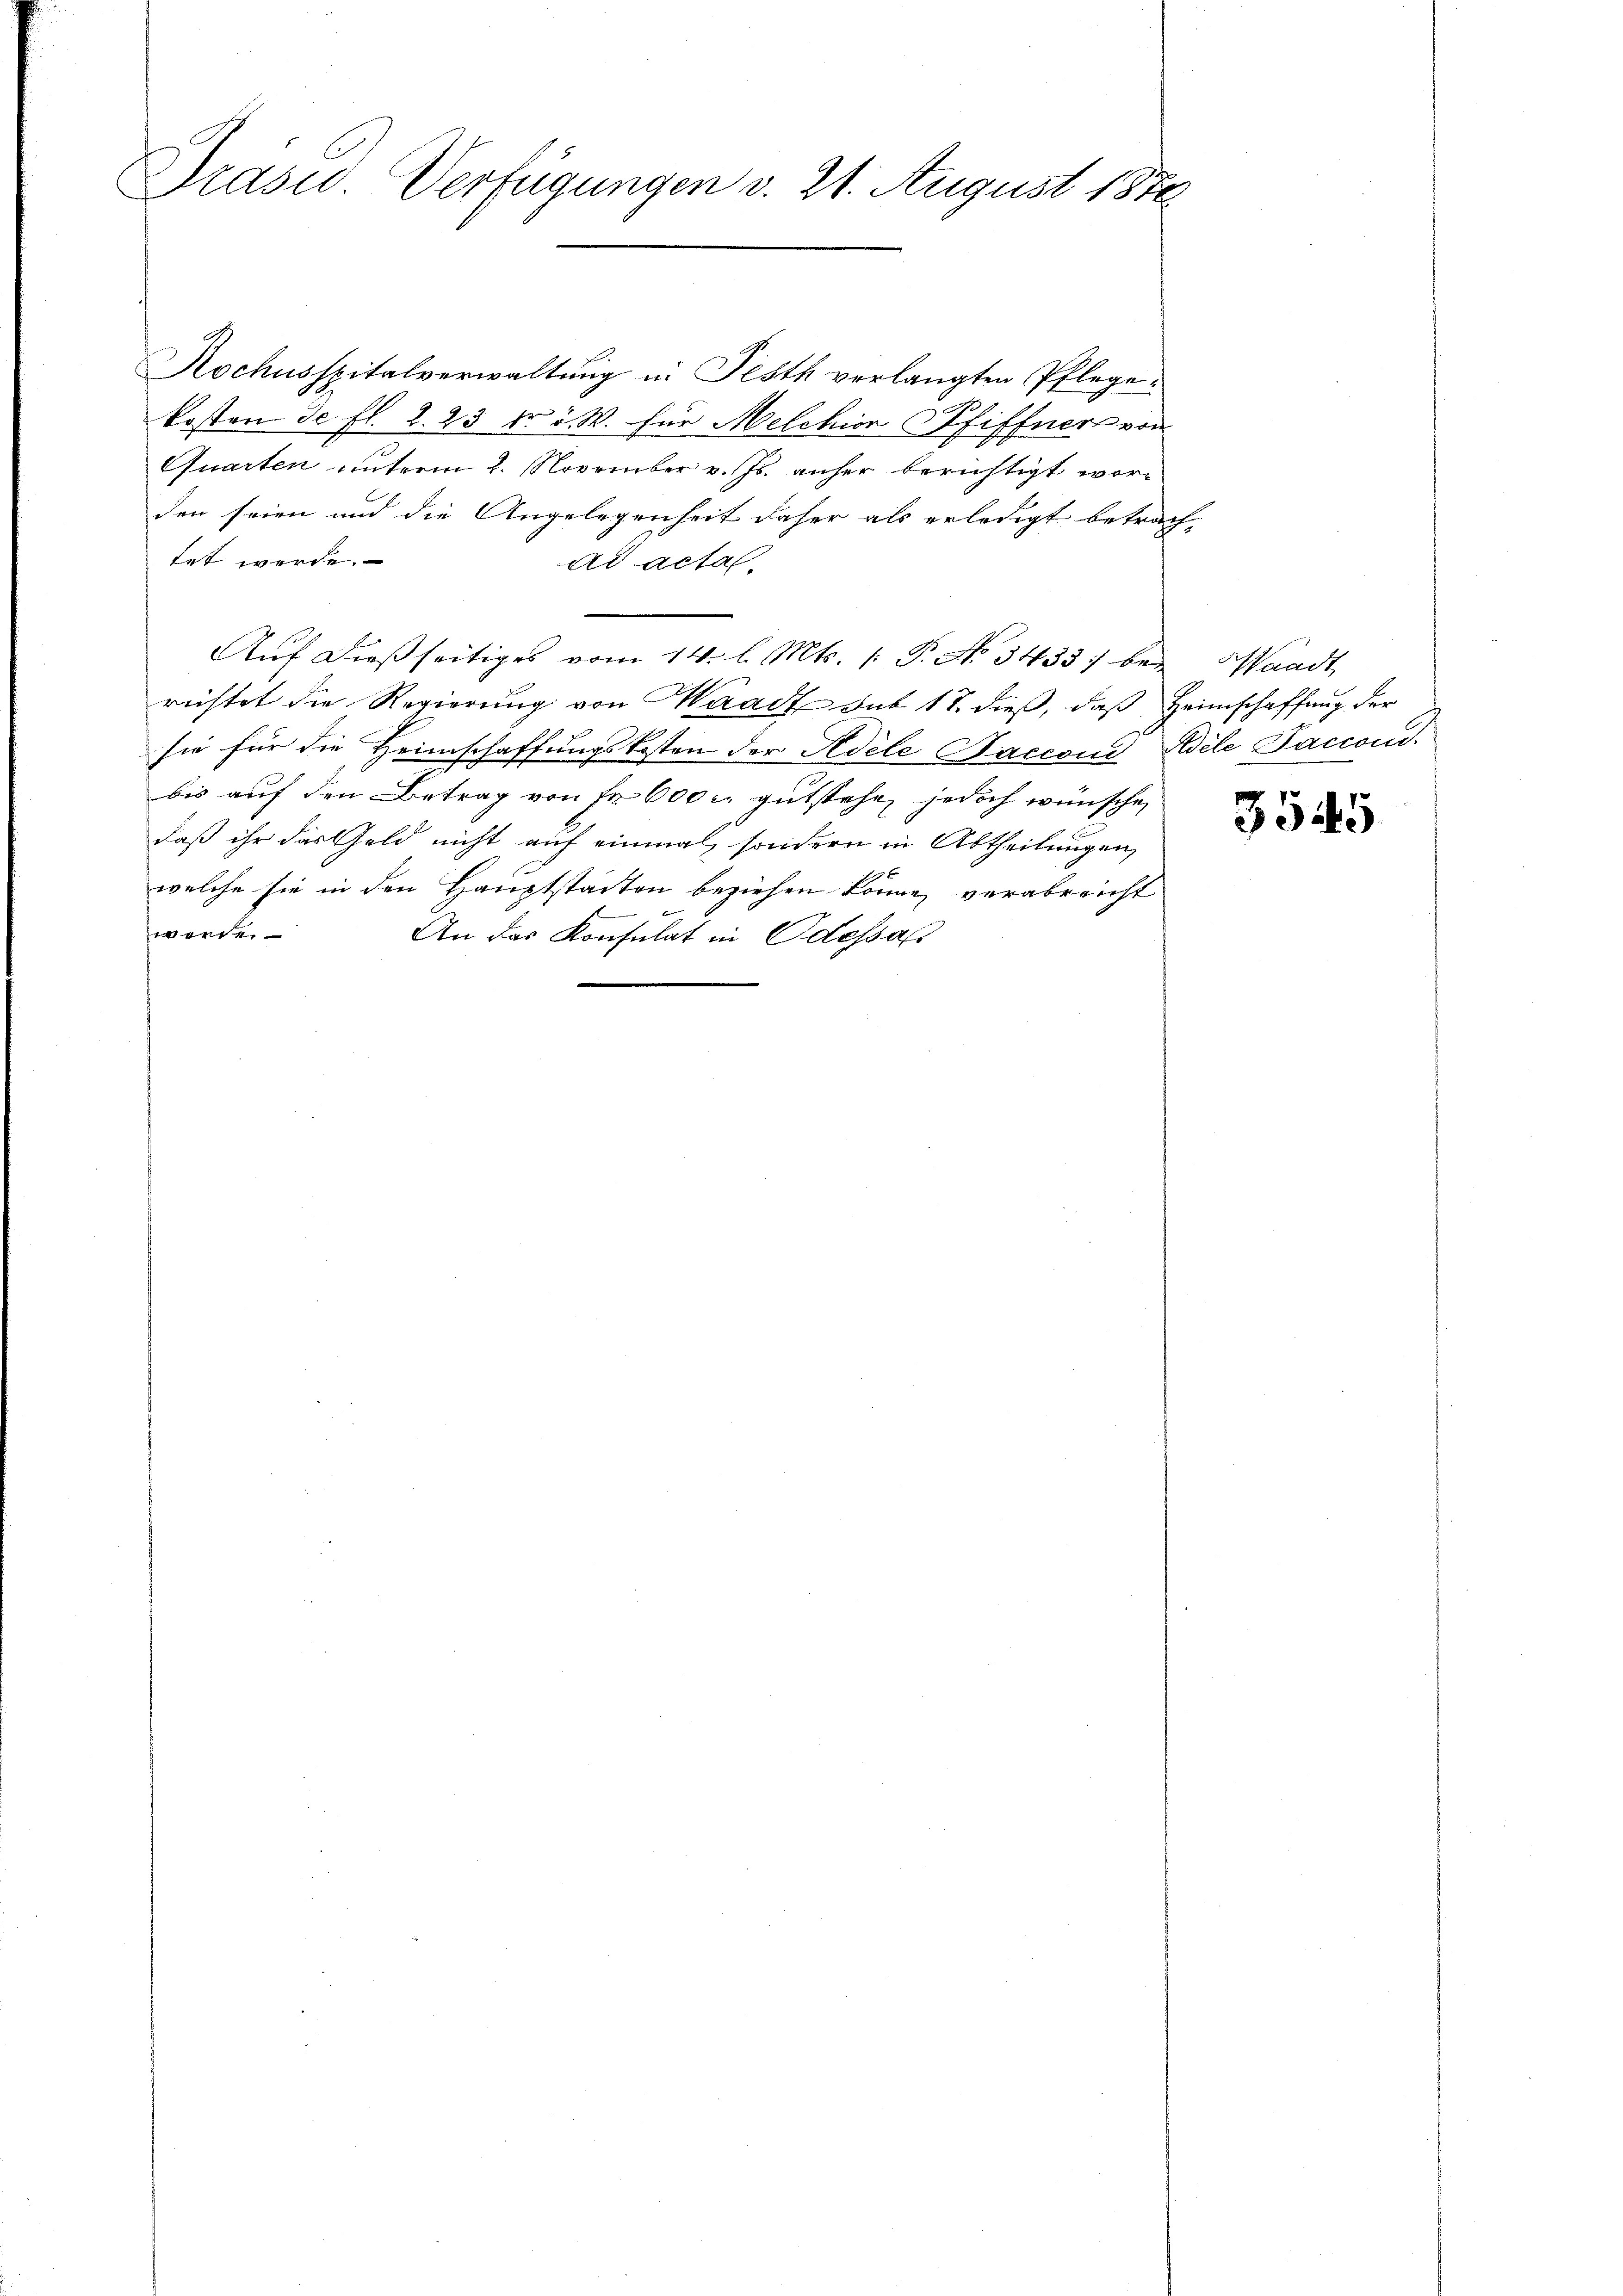
Präsid. Verfügungen v. 21. August 1876

Kochusspitalverwaltung in Festh verlangten Pflegekosten de fl. 2. 23 fr 5. W. für Melchion Pfiffner von
Quarten unterm 2. November v. Js. anher berichtigt worden seien und die Angelegenheit daher als erledigt betrach-
tet werde.
ad acta.
Auf dießseitiges vom 14. l. Mts. 1. P. No 3433) bei Waadt,
richtet die Regierung von Waadt sub 18. dieß, daß Heimschaffung der
sie für die Heimschaffungskosten der Adele Facconi, Mile Faccond
bis auf den Betrag von Fr. 600 u. gutstehe, jedoch wünsche,
daß ihr das Geld nicht auf einmal, sondern in Abtheilungen,
welche sie in den Hauptstädten beziehen könne, verabreicht
werst
An das Konsulat in Odessal

3545